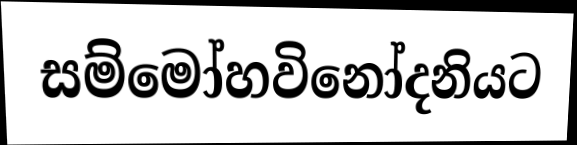
සම්මෝහවිනෝදනියට